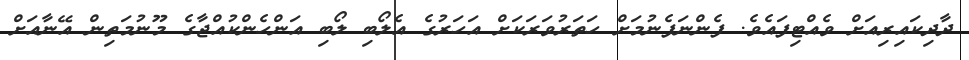
ދާދިކައިރިއަށް ވެއްޓިފައެވެ. ފެންނަފެނުމަށް ހަތަރުވަރަކަށް އަހަރުގެ އެލޯބި ލޯބި އަންހެންކުއްޖާގެ މޫނުމަތިން އޭނާއަށް